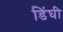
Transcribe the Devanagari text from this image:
डिंघी